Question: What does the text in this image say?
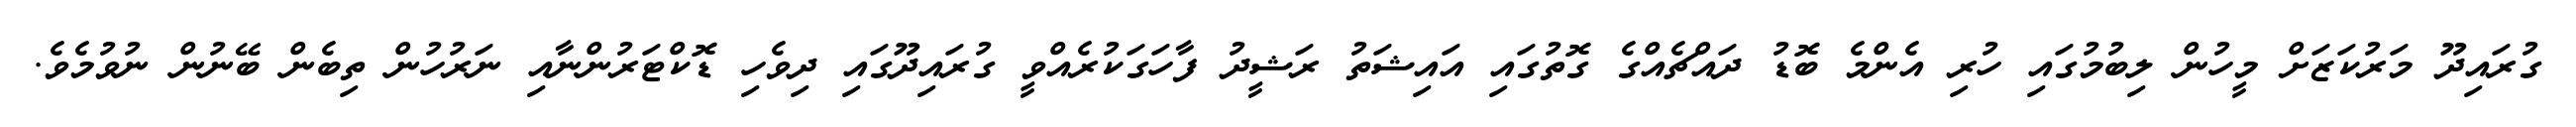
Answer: ގުރައިދޫ މަރުކަޒަށް މީހުން ލިބުމުގައި ހުރި އެންމެ ބޮޑު ދައްޗެއްގެ ގޮތުގައި އައިޝަތު ރަޝީދު ފާހަގަކުރެއްވީ ގުރައިދޫގައި ދިވެހި ޑޮކްޓަރުންނާއި ނަރުހުން ތިބެން ބޭނުން ނުވުމެވެ.